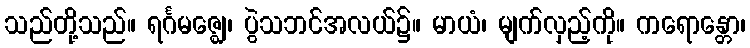
သည်တို့သည်။ ရင်္ဂမဇ္ဈေ၊ ပွဲသဘင်အလယ်၌။ မာယံ၊ မျက်လှည့်ကို။ ကရောန္တော၊